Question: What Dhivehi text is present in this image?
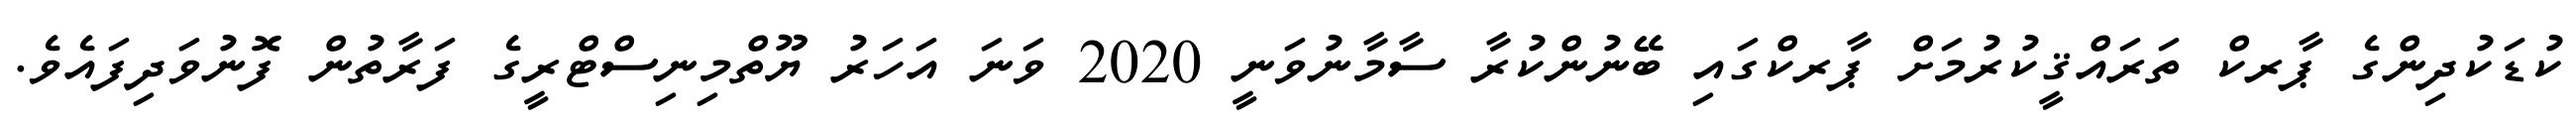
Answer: ކުޑަކުދިންގެ ޕާރކް ތަރައްޤީކުރުމަށް ޕާރކްގައި ބޭނުންކުރާ ސާމާނުވަނީ 2020 ވަނަ އަހަރު ޔޫތްމިނިސްޓްރީގެ ފަރާތުން ފޮނުވަދިފައެވެ.